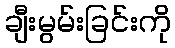
ချီးမွမ်းခြင်းကို